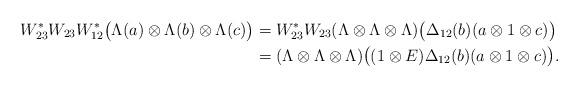
LaTeX: \begin{align*}W_{23}^*W_{23}W_{12}^*\bigl(\Lambda(a)\otimes\Lambda(b)\otimes\Lambda(c)\bigr)&=W_{23}^*W_{23}(\Lambda\otimes\Lambda\otimes\Lambda)\bigl(\Delta_{12}(b)(a\otimes1\otimes c)\bigr) \\&=(\Lambda\otimes\Lambda\otimes\Lambda)\bigl((1\otimes E)\Delta_{12}(b)(a\otimes1\otimes c)\bigr).\end{align*}